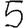
Digit: 5